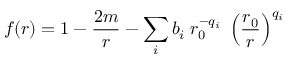
f ( r ) = 1 - \frac { 2 m } { r } - \sum _ { i } b _ { i } \; r _ { 0 } ^ { - q _ { i } } \; \left( \frac { r _ { 0 } } { r } \right) ^ { q _ { i } }